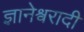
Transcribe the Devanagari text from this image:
ज्ञानेश्र्वरादी